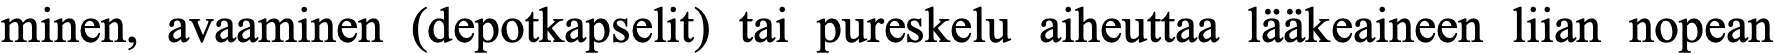
minen, avaaminen (depotkapselit) tai pureskelu aiheuttaa lääkeaineen liian nopean